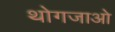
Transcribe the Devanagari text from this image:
थोगजाओ